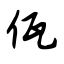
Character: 佤